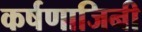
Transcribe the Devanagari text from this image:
कर्षणाजिनी